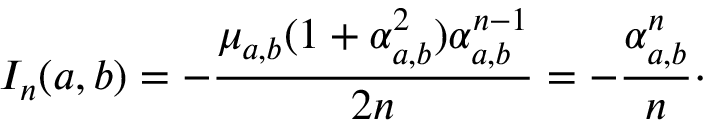
I _ { n } ( a , b ) = - \frac { \mu _ { a , b } ( 1 + \alpha _ { a , b } ^ { 2 } ) \alpha _ { a , b } ^ { n - 1 } } { 2 n } = - \frac { \alpha _ { a , b } ^ { n } } { n } \cdot